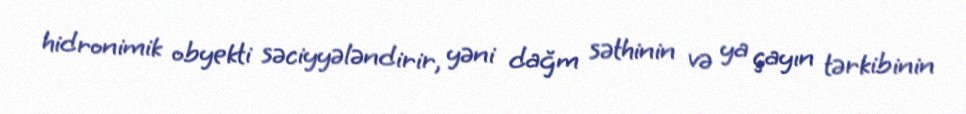
hidronimik obyekti səciyyələndirir, yəni dağm səthinin və ya çayın tərkibinin